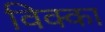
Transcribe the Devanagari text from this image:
विक्का